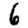
Digit: 6